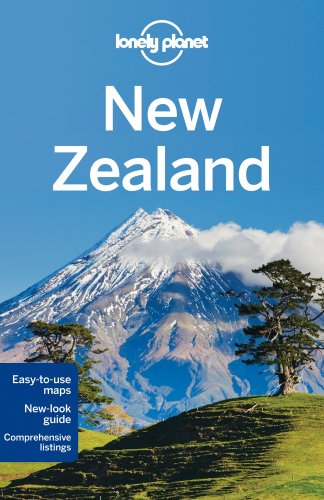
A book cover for Lonely Planet New Zealand (Travel Guide); Lonely Planet; Travel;